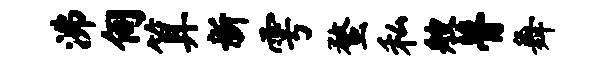
沸伺算新雩蝥私艘瞢舞